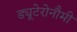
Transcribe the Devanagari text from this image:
ड्यूटेरोनौमी